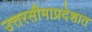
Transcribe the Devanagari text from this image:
उत्तरसीमाप्रदेशात